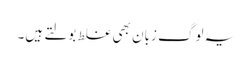
یہ لوگ زبان بھی غلط بولتے ہیں۔